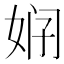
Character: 𱙒